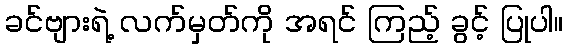
ခင်ဗျားရဲ့ လက်မှတ်ကို အရင် ကြည့် ခွင့် ပြုပါ။